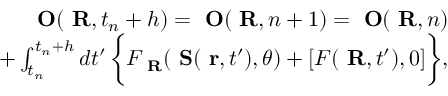
\begin{array} { r l r } & { } & { \mathrm { { \bf ~ O } } ( \mathrm { { \bf ~ R } } , t _ { n } + h ) = \mathrm { { \bf ~ O } } ( \mathrm { { \bf ~ R } } , n + 1 ) = \mathrm { { \bf ~ O } } ( \mathrm { { \bf ~ R } } , n ) } \\ & { } & { + \int _ { t _ { n } } ^ { t _ { n } + h } d t ^ { \prime } \, \biggl \{ F _ { \mathrm { { \bf ~ R } } } ( { \mathrm { { \bf ~ S } } } ( \mathrm { { \bf ~ r } } , t ^ { \prime } ) , \theta ) + [ { \cal F } ( \mathrm { { \bf ~ R } } , t ^ { \prime } ) , 0 ] \biggr \} , } \end{array}